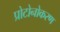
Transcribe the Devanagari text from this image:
प्रोटोनोकरण